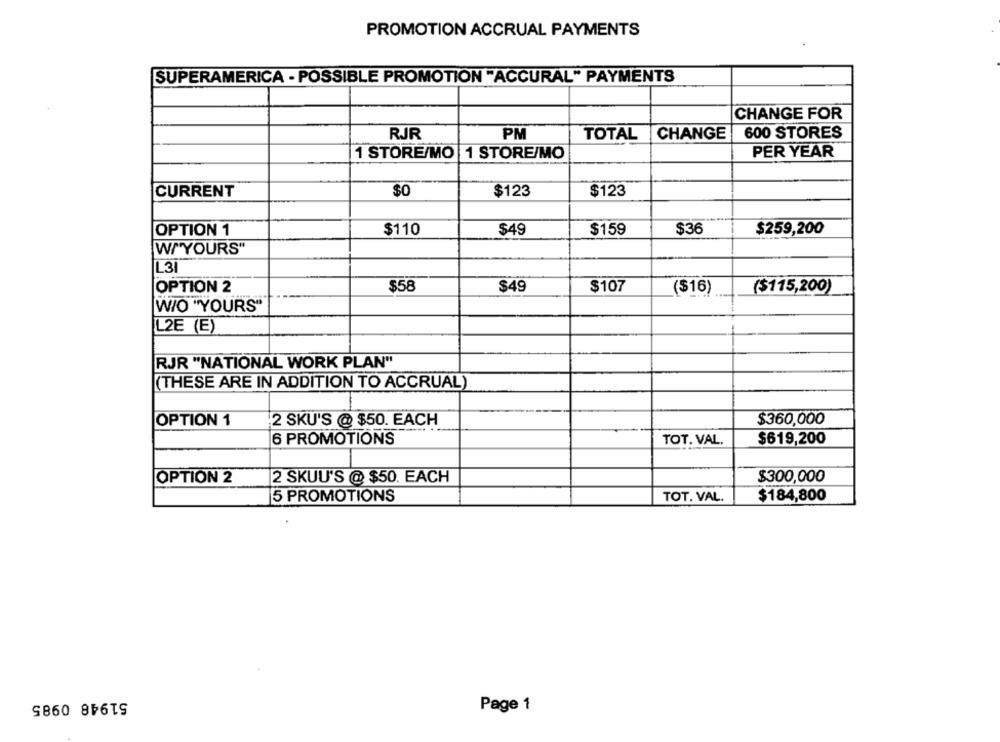
PROMOTION ACCRUAL PAYMENTS
SUPERAMERICA - POSSIBLE PROMOTION "ACCURAL" PAYMENTS
CHANGE FOR
600 STORES
RJR
PM
TOTAL
CHANGE
1 STORE/MO 1 STORE/MO
PER YEAR
CURRENT
$0
$123
$123
$110
$159
$36
$259,200
OPTION 1
$49
W/'YOURS"
L31
OPTION 2
$58
$49
$107
($16)
($115,200)
W/O "YOURS"
L2E (E)
RJR "NATIONAL WORK PLAN"
(THESE ARE IN ADDITION TO ACCRUAL)
OPTION 1
2 SKU'S @ $50. EACH
$360,000
6 PROMOTIONS
TOT. VAL.
$619,200
OPTION 2
2 SKUU'S @ $50. EACH
$300,000
5 PROMOTIONS
TOT. VAL.
$184,800
51948 0985
Page 1